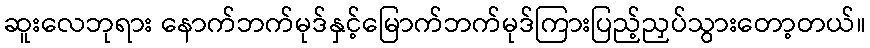
ဆူးလေဘုရား နောက်ဘက်မုဒ်နှင့်မြောက်ဘက်မုဒ်ကြားပြည့်ညှပ်သွားတော့တယ်။